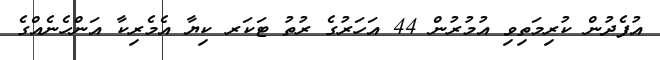
އުފެދުން ކުރިމަތިވި އުމުރުން 44 އަހަރުގެ ރުތު ޓަކަރ ކިޔާ އެމެރިކާ އަންހެނެއްގެ